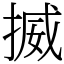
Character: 揻